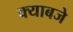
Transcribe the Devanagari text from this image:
क्याबजे